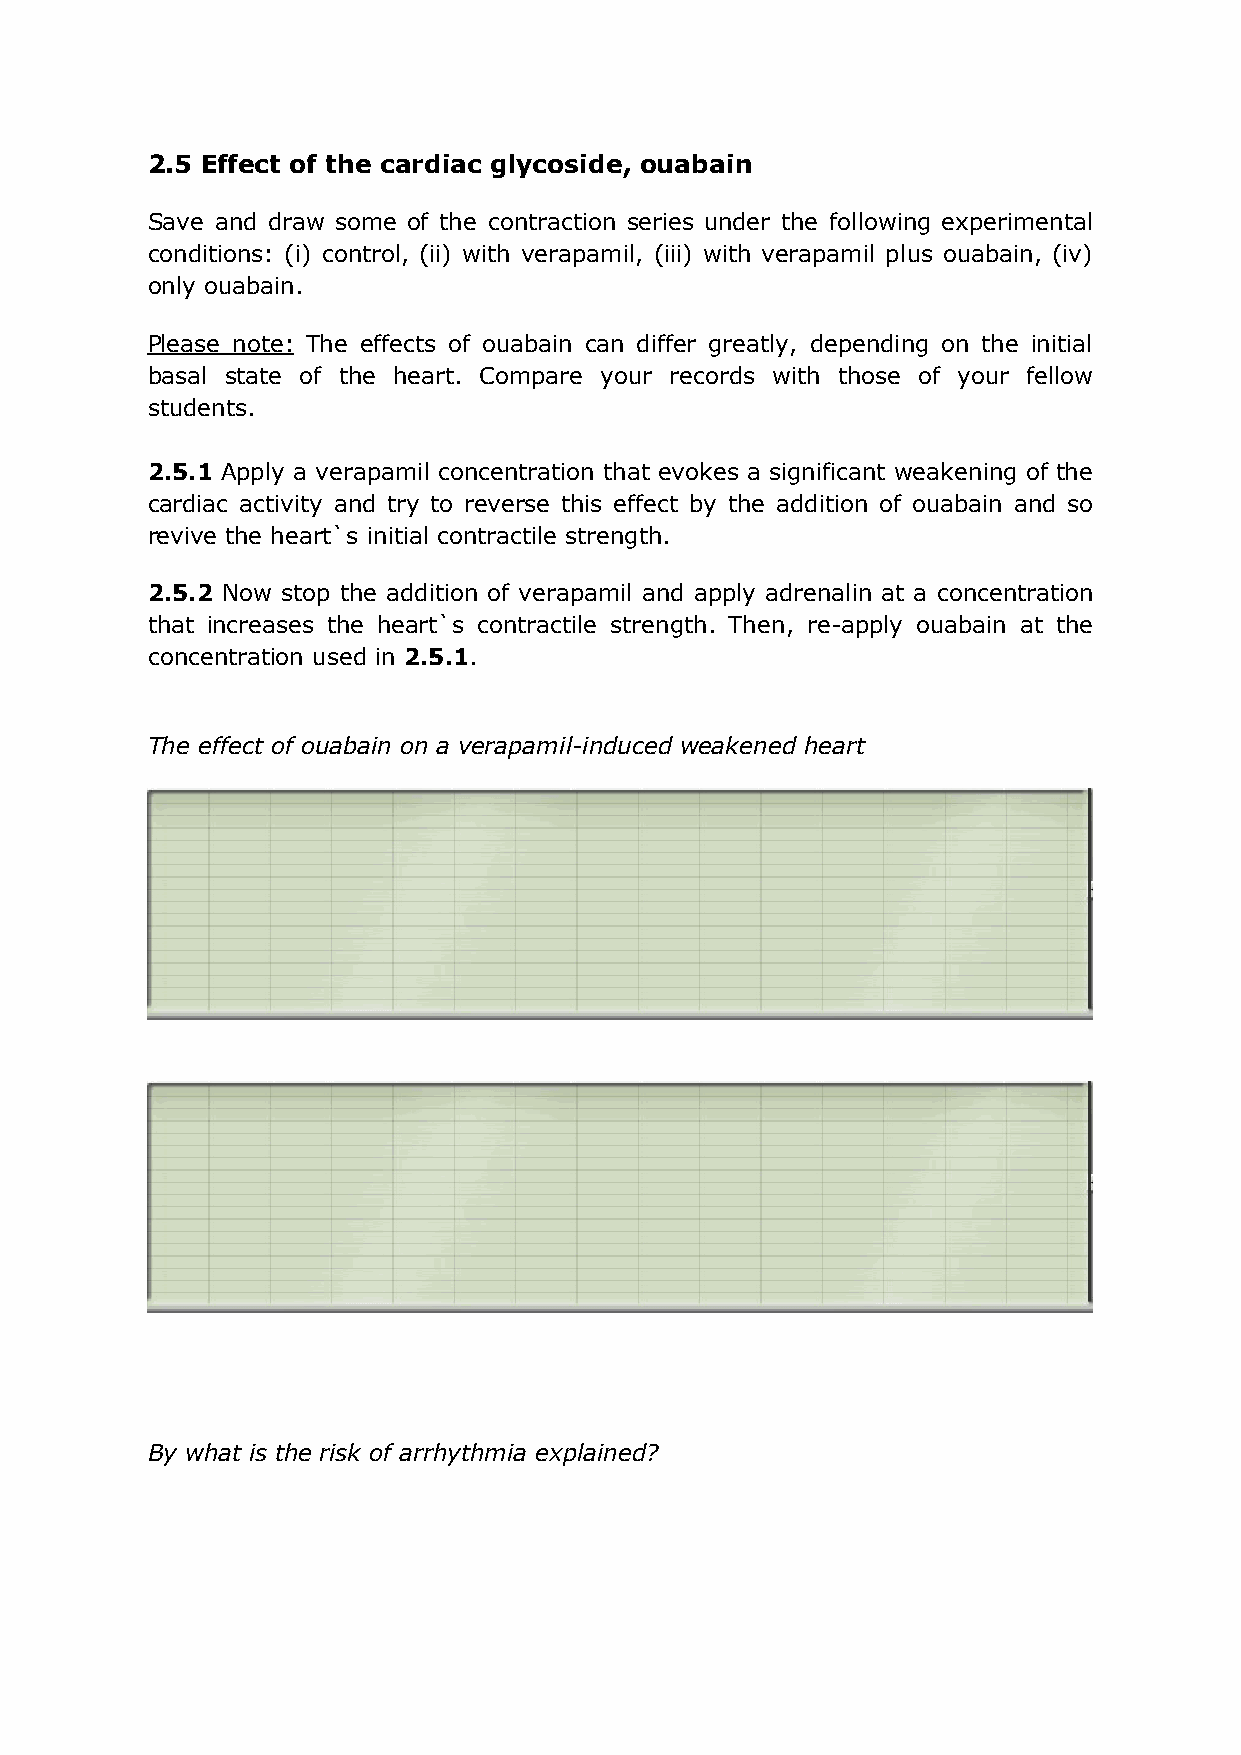
2.5 Effect of the cardiac glycoside, ouabain
 Save and draw some of the contraction series under the following experimental
 conditions: (i) control, (ii) with verapamil, (iii) with verapamil plus ouabain, (iv)
 only ouabain.
 Please note: The effects of ouabain can differ greatly, depending on the initial
 basal state of the heart. Compare your records with those of your fellow
 students.
 2.5.1 Apply a verapamil concentration that evokes a significant weakening of the
 cardiac activity and try to reverse this effect by the addition of ouabain and so
 revive the heart`s initial contractile strength.
 2.5.2 Now stop the addition of verapamil and apply adrenalin at a concentration
 that increases the heart`s contractile strength. Then, re-apply ouabain at the
 concentration used in 2.5.1.
 The effect of ouabain on a verapamil-induced weakened heart
 By what is the risk of arrhythmia explained?